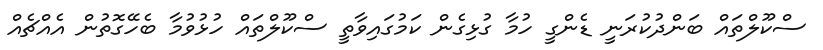
ސްކޫލްތައް ބަންދުކުރަނީ ޑެންގީ ހުމާ ގުޅިގެން ކަމުގައިވާތީ ސްކޫލްތައް ހުޅުވުމާ ބެހޭގޮތުން އެއްޗެއް